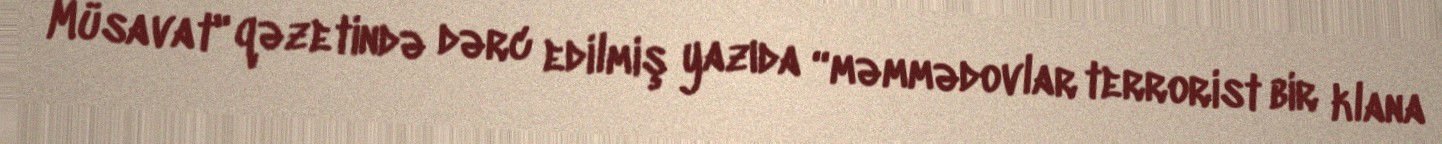
Müsavat" qəzetində dərc edilmiş yazıda “məmmədovlar terrorist bir klana